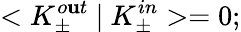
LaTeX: <K_{\pm}^{o\mathbf{u}t}\ |\ K_{\pm}^{in}>=0;